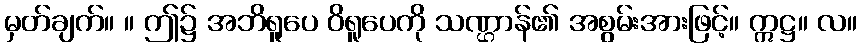
မှတ်ချက်။ ။ ဤ၌ အဘိရူပေ ဝိရူပေကို သဏ္ဌာန်၏ အစွမ်းအားဖြင့်။ ဣဋ္ဌ။ လ။